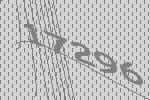
17296